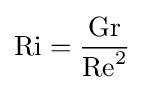
\mathrm {Ri} ={\frac {\mathrm {Gr} }{\mathrm {Re} ^{2}}}